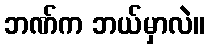
ဘဏ်က ဘယ်မှာလဲ။